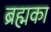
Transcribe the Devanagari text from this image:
ब्रह्मका